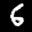
Label: 6